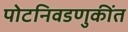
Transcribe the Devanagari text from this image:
पोटनिवडणुकींत